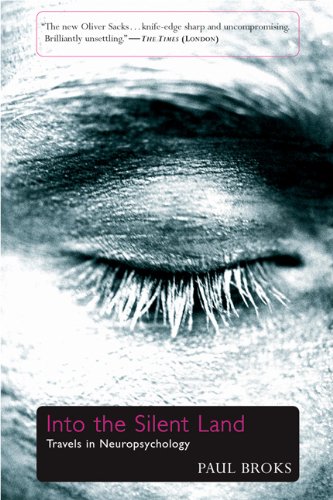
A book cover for Into the Silent Land: Travels in Neuropsychology; Paul Broks; Medical Books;